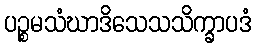
ပဉ္စမသံဃာဒိသေသသိက္ခာပဒံ